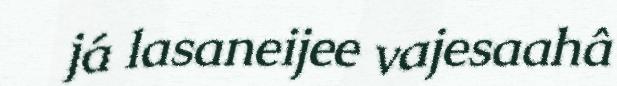
já lasaneijee vajesaahâ